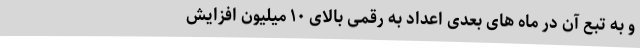
و به تبع آن در ماه‌ های بعدی اعداد به رقمی بالای ۱۰ میلیون افزایش